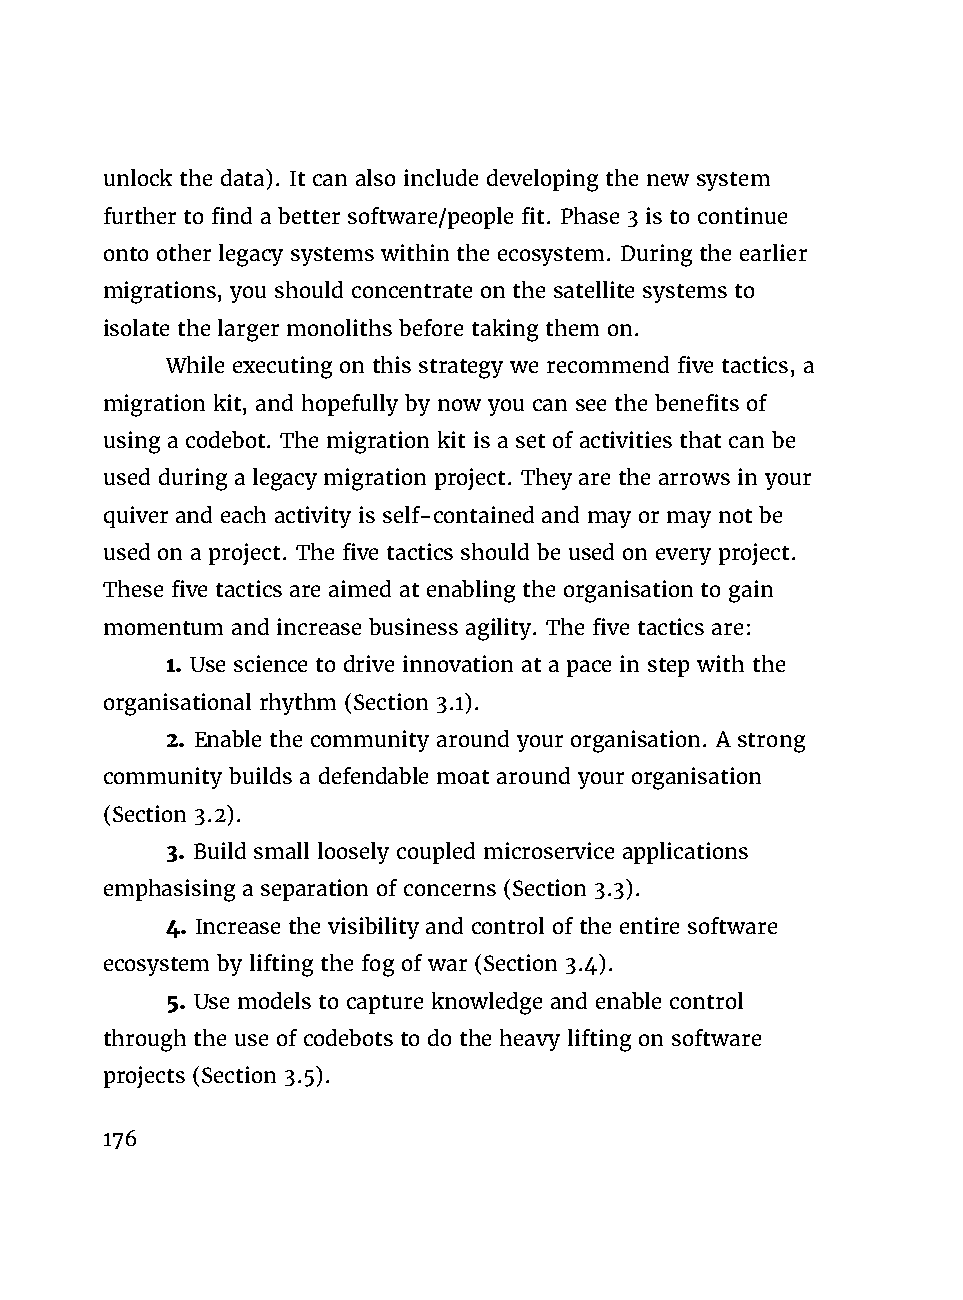
unlock the data). It can also include developing the new system
 further to find a better software/people fit. Phase 3 is to continue
 onto other legacy systems within the ecosystem. During the earlier
 migrations, you should concentrate on the satellite systems to
 isolate the larger monoliths before taking them on.
 While executing on this strategy we recommend five tactics, a
 migration kit, and hopefully by now you can see the benefits of
 using a codebot. The migration kit is a set of activities that can be
 used during a legacy migration project. They are the arrows in your
 quiver and each activity is self-contained and may or may not be
 used on a project. The five tactics should be used on every project.
 These five tactics are aimed at enabling the organisation to gain
 momentum and increase business agility. The five tactics are:
 1. Use science to drive innovation at a pace in step with the
 organisational rhythm (Section 3.1).
 2. Enable the community around your organisation. A strong
 community builds a defendable moat around your organisation
 (Section 3.2).
 3. Build small loosely coupled microservice applications
 emphasising a separation of concerns (Section 3.3).
 4. Increase the visibility and control of the entire software
 ecosystem by lifting the fog of war (Section 3.4).
 5. Use models to capture knowledge and enable control
 through the use of codebots to do the heavy lifting on software
 projects (Section 3.5).
 176